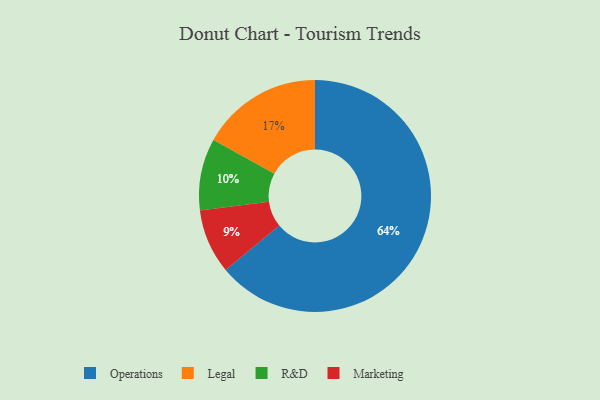
{"axis": {"x": "Category", "y": "Percentage"}, "legend": ["Legal", "Marketing", "Operations", "R&D"], "data": [{"x": "Operations", "y": 64, "type": "Operations"}, {"x": "R&D", "y": 10, "type": "R&D"}, {"x": "Marketing", "y": 9, "type": "Marketing"}, {"x": "Legal", "y": 17, "type": "Legal"}]}